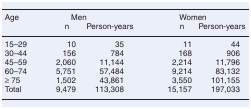
<table><thead><tr><td><b>Age</b></td><td colspan="2"><b>Men</b></td><td colspan="2"><b>Women</b></td></tr><tr><td></td><td><b>n</b></td><td><b>Person-years</b></td><td><b>n</b></td><td><b>Person-years</b></td></tr></thead><tbody><tr><td>15–29</td><td>10</td><td>35</td><td>11</td><td>44</td></tr><tr><td>30–44</td><td>156</td><td>784</td><td>168</td><td>906</td></tr><tr><td>45–59</td><td>2,060</td><td>11,144</td><td>2,214</td><td>11,796</td></tr><tr><td>60–74</td><td>5,751</td><td>57,484</td><td>9,214</td><td>83,132</td></tr><tr><td>≥ 75</td><td>1,502</td><td>43,861</td><td>3,550</td><td>101,155</td></tr><tr><td>Total</td><td>9,479</td><td>113,308</td><td>15,157</td><td>197,033</td></tr></tbody></table>